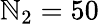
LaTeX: \mathbb{N}_{2}=50